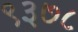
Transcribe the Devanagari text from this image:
९३७८